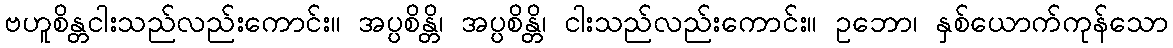
ဗဟူစိန္တငါးသည်လည်းကောင်း။ အပ္ပစိန္တိ၊ အပ္ပစိန္တိ၊ ငါးသည်လည်းကောင်း။ ဥဘော၊ နှစ်ယောက်ကုန်သော